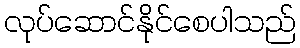
လုပ်ဆောင်နိုင်စေပါသည်